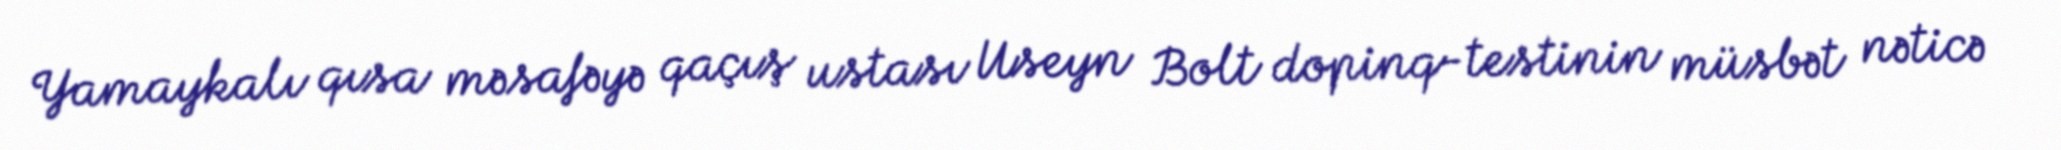
Yamaykalı qısa məsafəyə qaçış ustası Useyn Bolt dopinq-testinin müsbət nəticə